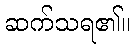
ဆက်သရ၏။